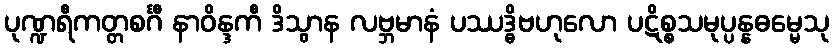
ပုဏ္ဍရီကတ္တစင်္ဂီ နာဝိန္ဒကီ ဒိသွာန လဗ္ဘမာနံ ပဿဒ္ဓိဗဟုလော ပဋိစ္စသမုပ္ပန္နဓမ္မေသု